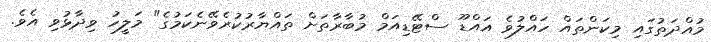
މުއްދަތުގައި މިކަންތައް ހައްލުވެ އައްޑޫ ސްޓޭޑިއަމް މުބާރާތަށް ތައްޔާރުކުރެވޭނެކަމުގެ" މަލީހު ވިދާޅުވި އެވެ.